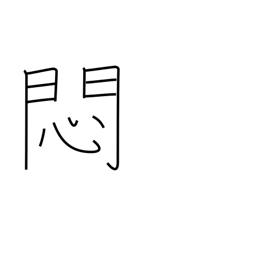
Meaning: worry